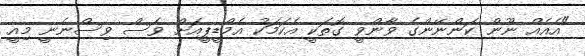
"އެއެއް ނޫން ކަންނޭންގެ ވާންވީ ގޮތަކީ އެކަމަކު އެމްޑީޕީއަށް ވެސް ވިސްނެނީ މިއީ